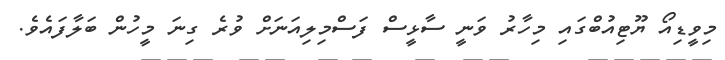
މިވީޑިއޯ ޔޫޓިއުބްގައި މިހާރު ވަނީ ސާޅީސް ފަސްމިލިއަނަށް ވުރެ ގިނަ މީހުން ބަލާފައެވެ.